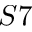
S 7